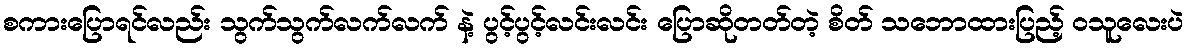
စကားပြောရင်လည်း သွက်သွက်လက်လက် နဲ့ ပွင့်ပွင့်လင်းလင်း ပြောဆိုတတ်တဲ့ စိတ် သဘောထားပြည့် ဝသူလေးပဲ